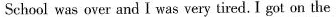
School was over and I was very tired. I got on the